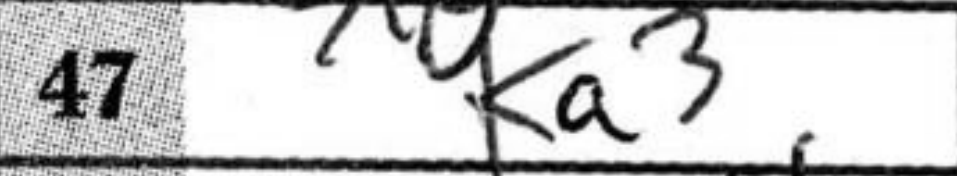
Transcription: Ka3